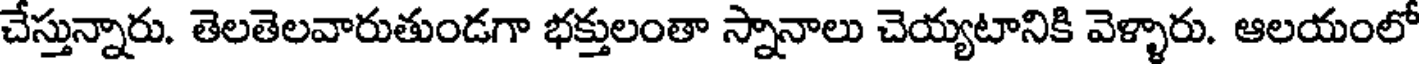
చేస్తున్నారు. తెలతెలవారుతుండగా భక్తులంతా స్నానాలు చెయ్యటానికి వెళ్ళారు. ఆలయంలో